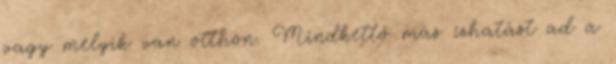
vagy melyik van otthon. Mindkettő más ízhatást ad a